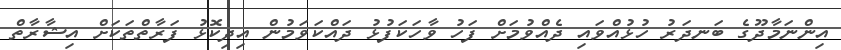
އިންނަމާދޫގެ ބަނދަރު ހުޅުއްވައި ދެއްވުމަށް ފަހު ވާހަކަފުޅު ދައްކަވަމުން އިދިކޮޅު ފަރާތްތަކަށް އިޝާރާތް